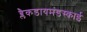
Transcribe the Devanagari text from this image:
ब्लैकडायमंडस्काई